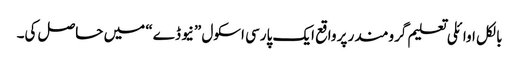
بالکل اوائلی تعلیم گرومندر پر واقع ایک پارسی اسکول ”نیو ڈے“ میں حاصل کی۔